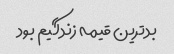
بدترین قیمه زندگیم بود